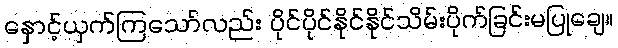
နှောင့်ယှက်ကြသော်လည်း ပိုင်ပိုင်နိုင်နိုင်သိမ်းပိုက်ခြင်းမပြုချေ။